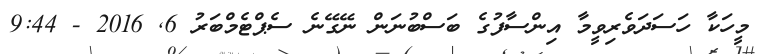
މީހަކާ ހަސަދަވެރިވީމާ އިންސާފުގެ ބަސްބުނަން ނޭގޭނެ ސެޕްޓެމްބަރު 6